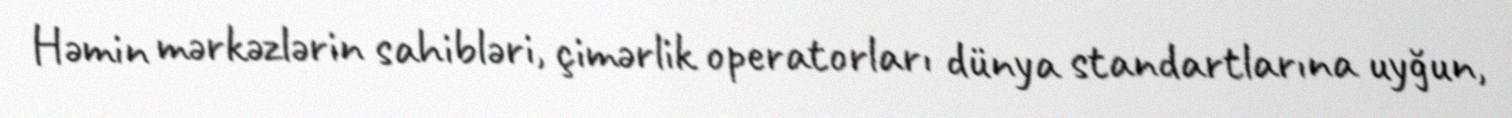
Həmin mərkəzlərin sahibləri, çimərlik operatorları dünya standartlarına uyğun,